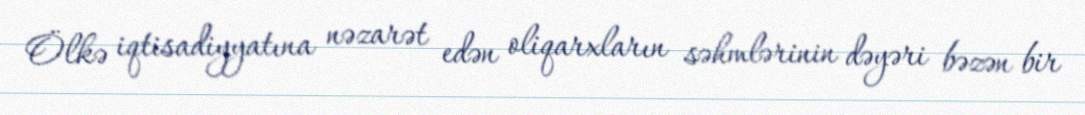
Ölkə iqtisadiyyatına nəzarət edən oliqarxların səhmlərinin dəyəri bəzən bir